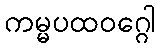
ကမ္မပထဝဂ္ဂေါ